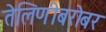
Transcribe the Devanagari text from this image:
तेलिणीबरोबर